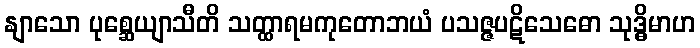
နျာသော ပုစ္ဆေယျာသီတိ သတ္ထာရမကုတောဘယံ ပသဇ္ဇပဋိသေဓော သုဒ္ဓိမာဟ